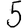
Digit: 5